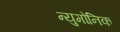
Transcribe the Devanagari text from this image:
न्युमोनिक